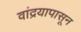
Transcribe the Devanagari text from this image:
वांद्रयापासून